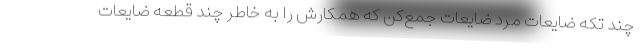
چند تکه ضایعات مرد ضایعات جمع‌کن که همکارش را به خاطر چند قطعه ضایعات